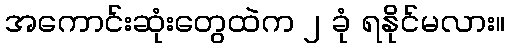
အကောင်းဆုံးတွေထဲက ၂ ခုံ ရနိုင်မလား။